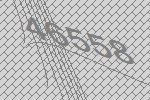
46558